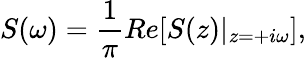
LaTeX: S(\omega)=\frac{1}{\pi}Re[S(z)|_{z=+i\omega}],